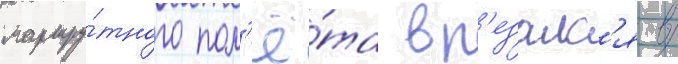
маршру́тного пол'ё́та вр'езалс'я в